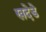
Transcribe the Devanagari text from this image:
खदेडे